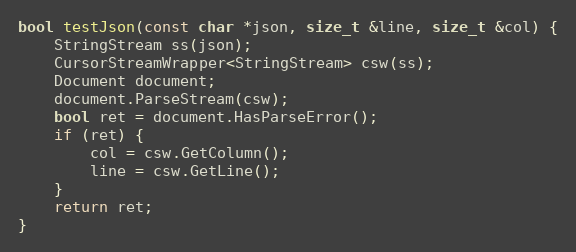
Language: C++
bool testJson(const char *json, size_t &line, size_t &col) {
    StringStream ss(json);
    CursorStreamWrapper<StringStream> csw(ss);
    Document document;
    document.ParseStream(csw);
    bool ret = document.HasParseError();
    if (ret) {
        col = csw.GetColumn();
        line = csw.GetLine();
    }
    return ret;
}